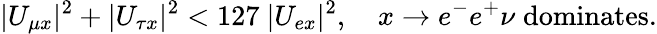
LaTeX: |U_{\mu x}|^{2}+|U_{\tau x}|^{2}<127\ |U_{ex}|^{2},\quad x\to e^{-}e^{+}\nu\; \mathrm{dominates}.